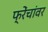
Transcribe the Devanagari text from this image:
फ्रेंचांवर